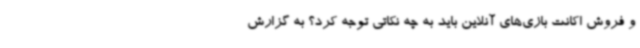
و فروش اکانت بازی‌های آنلاین باید به چه نکاتی توجه کرد؟ به گزارش